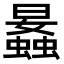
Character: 𧒛